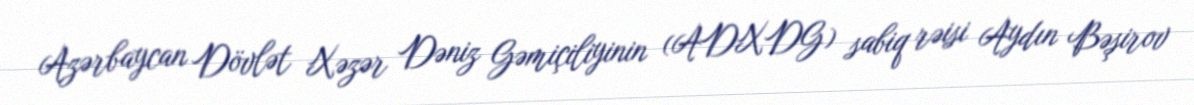
Azərbaycan Dövlət Xəzər Dəniz Gəmiçiliyinin (ADXDG) sabiq rəisi Aydın Bəşirov